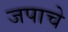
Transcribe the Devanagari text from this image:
जपाचे